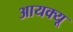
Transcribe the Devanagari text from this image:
आयक्यू